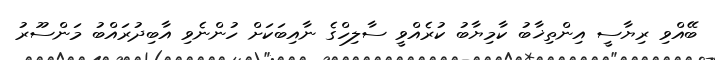
ބޭއްވި ރިޔާސީ އިންތިޚާބު ކާމިޔާބު ކުރެއްވީ ސާލިހްގެ ނާއިބަކަށް ހުންނެވި އާބިދުރައްބު މަންސޫރު